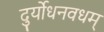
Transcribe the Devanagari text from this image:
दुर्योधनवधम्